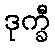
ဒုက္ခီ